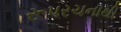
રૂપરચનાથી